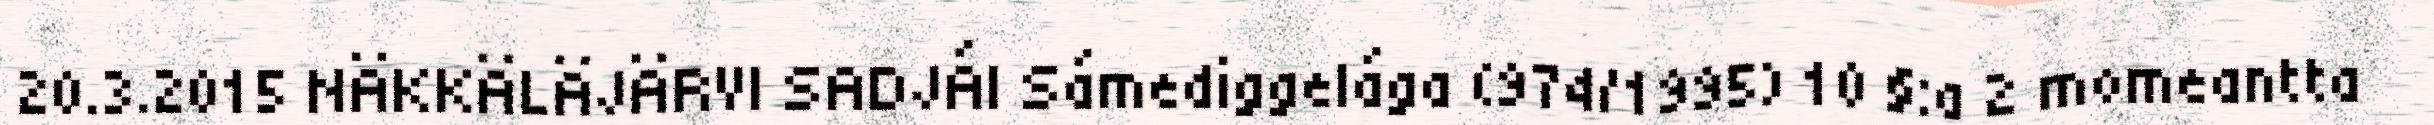
20.3.2015 NÄKKÄLÄJÄRVI SADJÁI Sámediggelága (974/1995) 10 §:a 2 momeantta